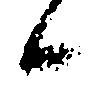
候